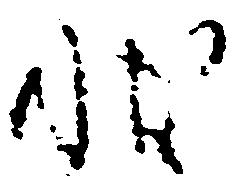
状